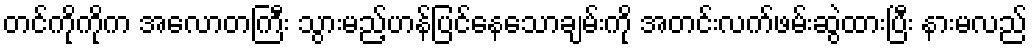
တင်ကိုကိုက အလောတကြီး သွားမည့်ဟန်ပြင်နေသောချမ်းကို အတင်းလက်ဖမ်းဆွဲထားပြီး နားမလည်